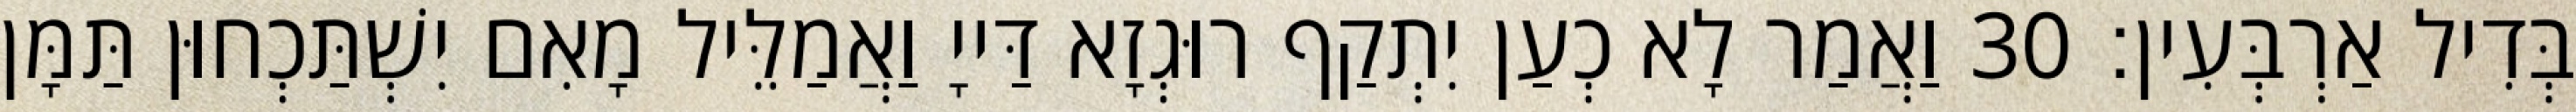
בְּדִיל אַרְבְּעִין׃ 30 וַאֲמַר לָא כְעַן יִתְקַף רוּגְזָא דַּייָ וַאֲמַלֵּיל מָאִם יִשְׁתַּכְחוּן תַּמָּן